Report of the Indian Hemp Drugs Commission, 1894-1895 - Volume VI
Year: 1894
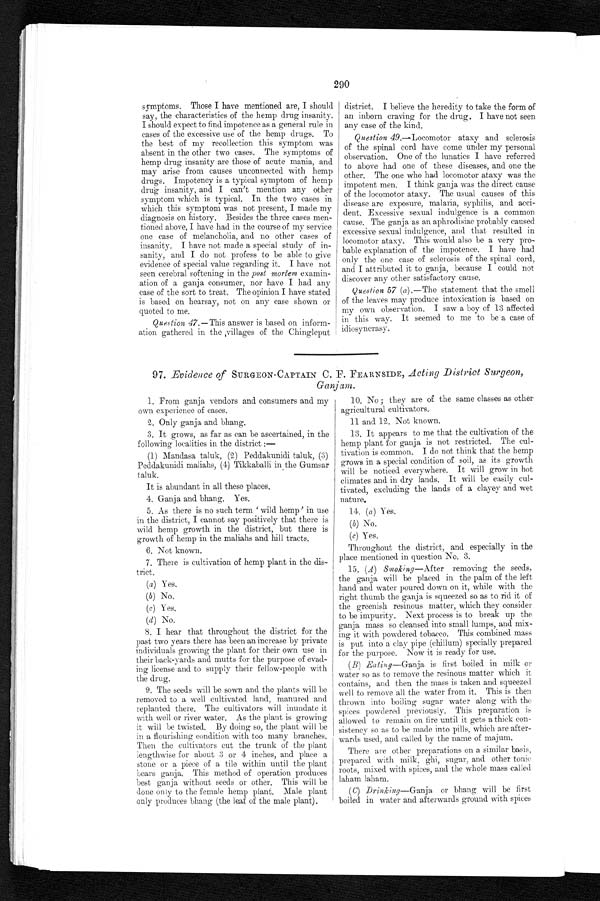
290
symptoms. Those I have mentioned are, I should
say, the characteristics of the hemp drug insanity.
I should expect to find impotence as a general rule in
cases of the excessive use of the hemp drugs. To
the best of my recollection this symptom was
absent in the other two cases. The symptoms of
hemp drug insanity are those of acute mania, and
may arise from causes unconnected with hemp
drugs. Impotency is a typical symptom of hemp
drug insanity, and I can't mention any other
symptom which is typical. In the two cases in
which this symptom was not present, I made my
diagnosis on history. Besides the three cases men
- t i o n e d a b o v e , I h a v e h a d i n t h e c o u r s e o f m y s e r v i c e
one case of melancholia, and no other cases of
insanity. I have not made a special study of in
- s a n i t y , a n d I d o n o t p r o f e s s t o b e a b l e t o g i v e
evidence of special value regarding it. I have not
seen cerebral softening in the post mortem examin
- a t i o n o f a g a n j a c o n s u m e r , n o r h a v e I h a d a n y
case of the sort to treat. The opinion I have stated
is based on hearsay, not on any case shown or
quoted to me.
Question 47.—This answer is based on inform
- a t i o n g a t h e r e d i n t h e v i l l a g e s o f t h e C h i n g l e p u t
district. I believe the heredity to take the form of
an inborn craving for the drug. I have not seen
any case of the kind.
Question 49.—Locomotor ataxy and sclerosis
of the spinal cord have come under my personal
observation. One of the lunatics I have referred
to above had one of these diseases, and one the
other. The one who had locomotor ataxy was the
impotent men. I think ganja was the direct cause
of the locomotor ataxy. The usual causes of this
disease are exposure, malaria, syphilis, and acci
- d e n t . E x c e s s i v e s e x u a l i n d u l g e n c e i s a c o m m o n
cause. The ganja as an aphrodisiac probably caused
excessive sexual indulgence, and that resulted in
locomotor ataxy. This would also be a very pro
-bable explanation of the impotence. I have had
only the one case of sclerosis of the spinal cord,
and I attributed it to ganja, because I could not
discover any other satisfactory cause.
Question 57 (a ).—The statement that the smell
of the leaves may produce intoxication is based on
my own observation. I saw a boy of 13 affected
in this way. It seemed to me to be a case of
idiosyncrasy.
97. Evidence of SURGEON-CAPTAIN C. F. FEARNSIDE, Acting District Surgeon,
Ganjam.
1. From ganja vendors and consumers and my
own experience of cases.
2. Only ganja and bhang.
3. It grows, as far as can be ascertained, in the
following localities in the district
:—
(1) Mandasa taluk, (2) Peddakunidi taluk, (3)
Peddakunidi maliahs, (4) Tikkaballi in the Gumsar
taluk.
It is abundant in all these places.
4. Ganja and bhang. Yes.
5. As there is no such term 'wild hemp' in use
in the district, I cannot say positively that there is
wild hemp growth in the district, but there is
growth of hemp in the maliahs and hill tracts.
6. Not known.
7. There is cultivation of hemp plant in the dis
-trict.
(a) Yes.
(b) No.
(
c
) Y e s .
(d) No.
8. I hear that throughout the district for the
past two years there has been an increase by private
individuals growing the plant for their own use in
their back-yards and mutts for the purpose of evad
- i n g l i c e n s e a n d t o s u p p l y t h e i r f e l l o w - p e o p l e w i t h
the drug.
9. The seeds will be sown and the plants will be
removed to a well cultivated land, manured and
replanted there. The cultivators will inundate it
with well or river water. As the plant is growing -
it will be twisted. By doing so, the plant will be
in a flourishing condition with too many branches.
Then the cultivators cut the trunk of the plant
lengthwise for about 3 or 4 inches, and place a
stone or a piece of a tile within until the plant
bears ganja. This method of operation produces
best ganja without seeds or other. This will be
done only to the female hemp plant. Male plant
only produces bhang (the leaf of the male plant).
10. No; they are of the same classes as other
agricultural cultivators.
1 1
a n d 1 2 .
N o t
k n o w n .
13. It appears to me that the cultivation of the
hemp plant for ganja is not restricted. The cul
-tivation is common. I do not think that the hemp
grows in a special condition of soil, as its growth
will be noticed everywhere. It will grow in hot
climates and in dry lands. It will be easily cul
-tivated, excluding the lands of a clayey and wet
nature.
14. (a) Yes.
( b ) N o .
( c ) Y e s .
Throughout the district, and especially in the
place mentioned in question No. 3.
15. (A ) Smoking– After removing the seeds,
the ganja will be placed in the palm of the left
hand and water poured down on it, while with the
right thumb the ganja is squeezed so as to rid it of
the greenish resinous matter, which they consider
to be impurity. Next process is to break up the
ganja mass so cleansed into small lumps, and mix
-ing it with powdered tobacco. This combined mass
is put into a clay pipe (chillum) specially prepared
for the purpose. Now it is ready for use.
(B) Eating—Ganja is first boiled in milk or
water so as to remove the resinous matter which it
contains, and. then the mass is taken and squeezed
well to remove all the water from it. This is then
thrown into boiling sugar water along with the
s p i c e s p o wd e r e d p r e v i o u s l y . T h i s p r e p a r a t i o n i s
allowed to remain on fire until it gets a con
-sistency so as to be made into pills, which are after
- w a r d s u s e d , a n d c a l l e d b y t h e n a m e o f m a j u m .
There are other preparations on a similar basis,
prepared with milk, ghi, sugar, and other tonic
roots, mixed with spices, and the whole mass called
laham laham.
(c) Drinking—Ganja or bhang will be first
boiled in water and afterwards ground with spices